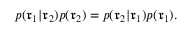
p ( \mathfrak { r } _ { 1 } | \mathfrak { r } _ { 2 } ) p ( \mathfrak { r } _ { 2 } ) = p ( \mathfrak { r } _ { 2 } | \mathfrak { r } _ { 1 } ) p ( \mathfrak { r } _ { 1 } ) .